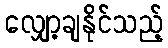
လျှော့ချနိုင်သည့်